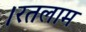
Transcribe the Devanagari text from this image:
।रतलाम